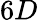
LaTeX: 6D